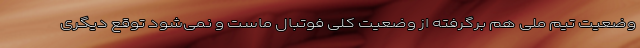
وضعیت تیم ملی هم برگرفته از وضعیت کلی فوتبال ماست و نمی‌شود توقع دیگری